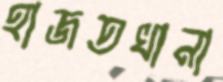
হাজতখানা